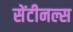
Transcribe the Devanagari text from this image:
सेंटीनल्स